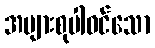
အများစုပါဝင်သော